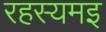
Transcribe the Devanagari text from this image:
रहस्यमइ